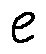
e